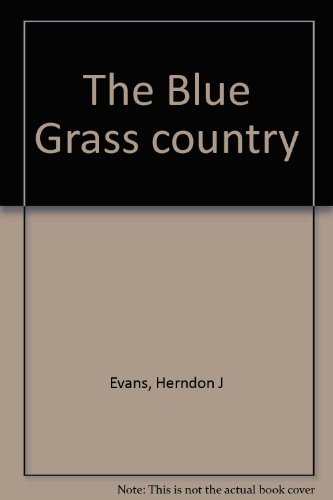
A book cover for The Blue Grass country; Herndon J Evans; Travel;